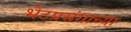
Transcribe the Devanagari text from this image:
भेटप्रसंगाच्या